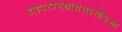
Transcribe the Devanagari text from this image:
हाइपरपैराथायराइरॉडिज्म